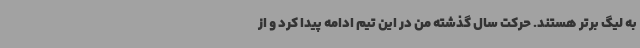
به لیگ برتر هستند. حرکت سال گذشته من در این تیم ادامه پیدا کرد و از